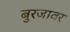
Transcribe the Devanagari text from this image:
बुरजावर